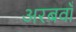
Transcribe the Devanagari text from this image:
अरबवाँ